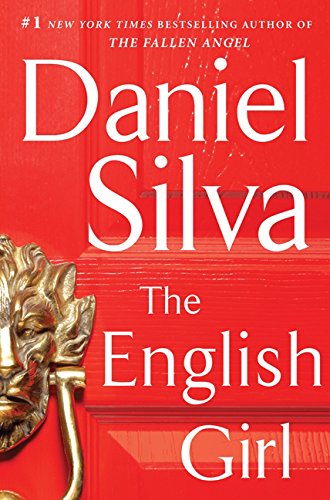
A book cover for The English Girl: A Novel (Gabriel Allon); Daniel Silva; Literature & Fiction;